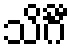
သိင်္ဂီ